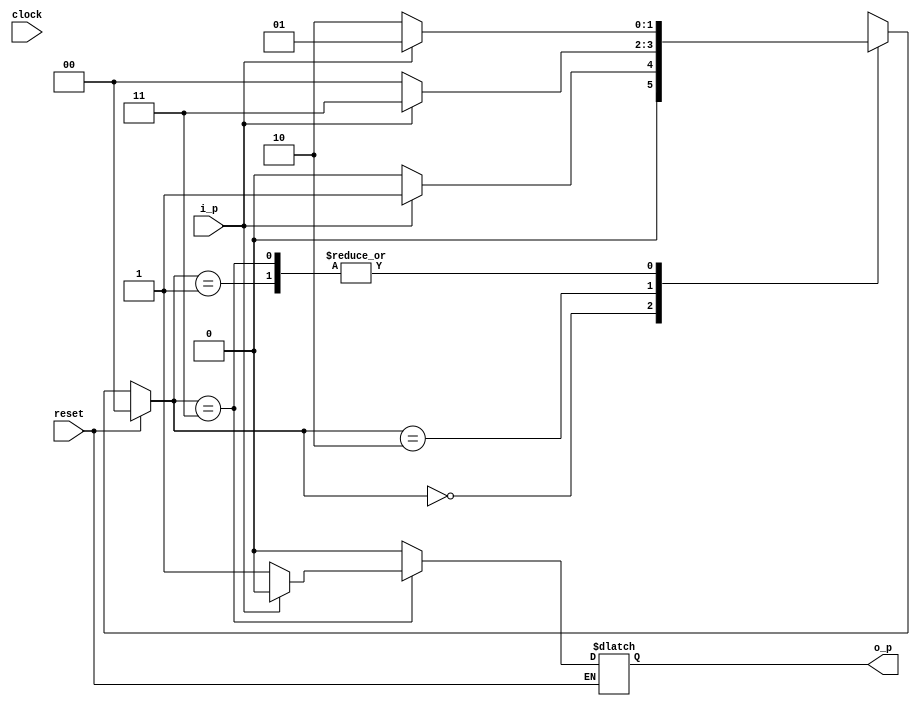
module MJ(clock,reset,i_p,o_p);
input   clock,reset;
input  i_p;
output reg o_p;
reg[1:0]state;
reg[1:0]next_state;
always @ (clock)
begin
  if(reset)
  begin
  state=2'b00;
  end
  else
  begin
case(state)
   2'b00 : if (i_p == 1'b1) begin
                state <= 2'b01;
                o_p<=0;
              end
              else begin
                state <= 2'b00;
                o_p<=0;
              end
   2'b01 : if (i_p == 1'b1) begin
                state <= 2'b01;
                o_p<=0;
          end
          else begin
            state <= 2'b10;
            o_p<=0;
            //$display(i_p);
          end
   2'b10 : if (i_p == 1'b1) begin
                state <= 2'b11;
                o_p<=0;
              end
              else begin
                state <= 2'b00;
                o_p<=0;
              end
    2'b11 : if (i_p == 1'b1) begin
                state <= 2'b01;
                o_p<=0;
              end
              else begin
                state <= 2'b10;
                o_p<=1;
              end
   default : state <= 2'b00;
  endcase
  end
end

endmodule